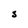
Character: S